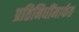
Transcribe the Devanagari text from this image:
प्रतिनिधींमार्फत